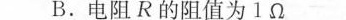
B.电阻R的阻值为1Ω